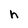
Character: h